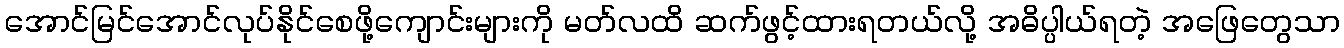
အောင်မြင်အောင်လုပ်နိုင်စေဖို့ကျောင်းများကို မတ်လထိ ဆက်ဖွင့်ထားရတယ်လို့ အဓိပ္ပါယ်ရတဲ့ အဖြေတွေသာ